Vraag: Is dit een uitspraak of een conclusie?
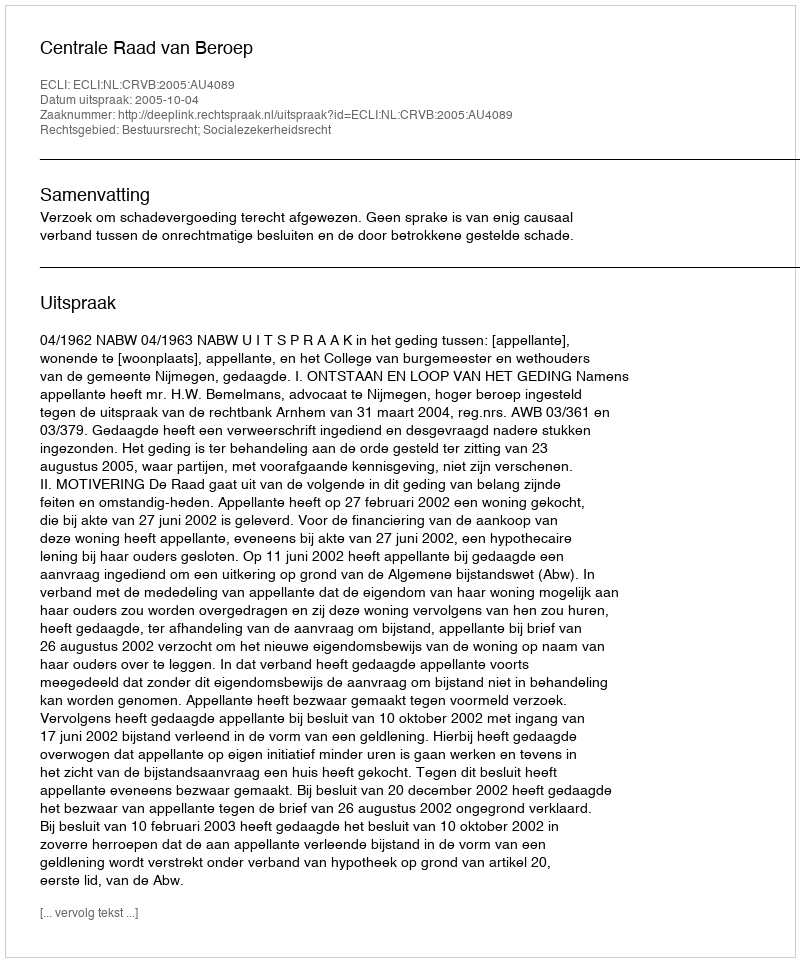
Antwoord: Uitspraak